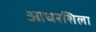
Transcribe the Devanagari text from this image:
आधरशिला